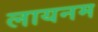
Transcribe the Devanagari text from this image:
लायनम